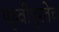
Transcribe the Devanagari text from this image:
पृथ्वीपुरतेच